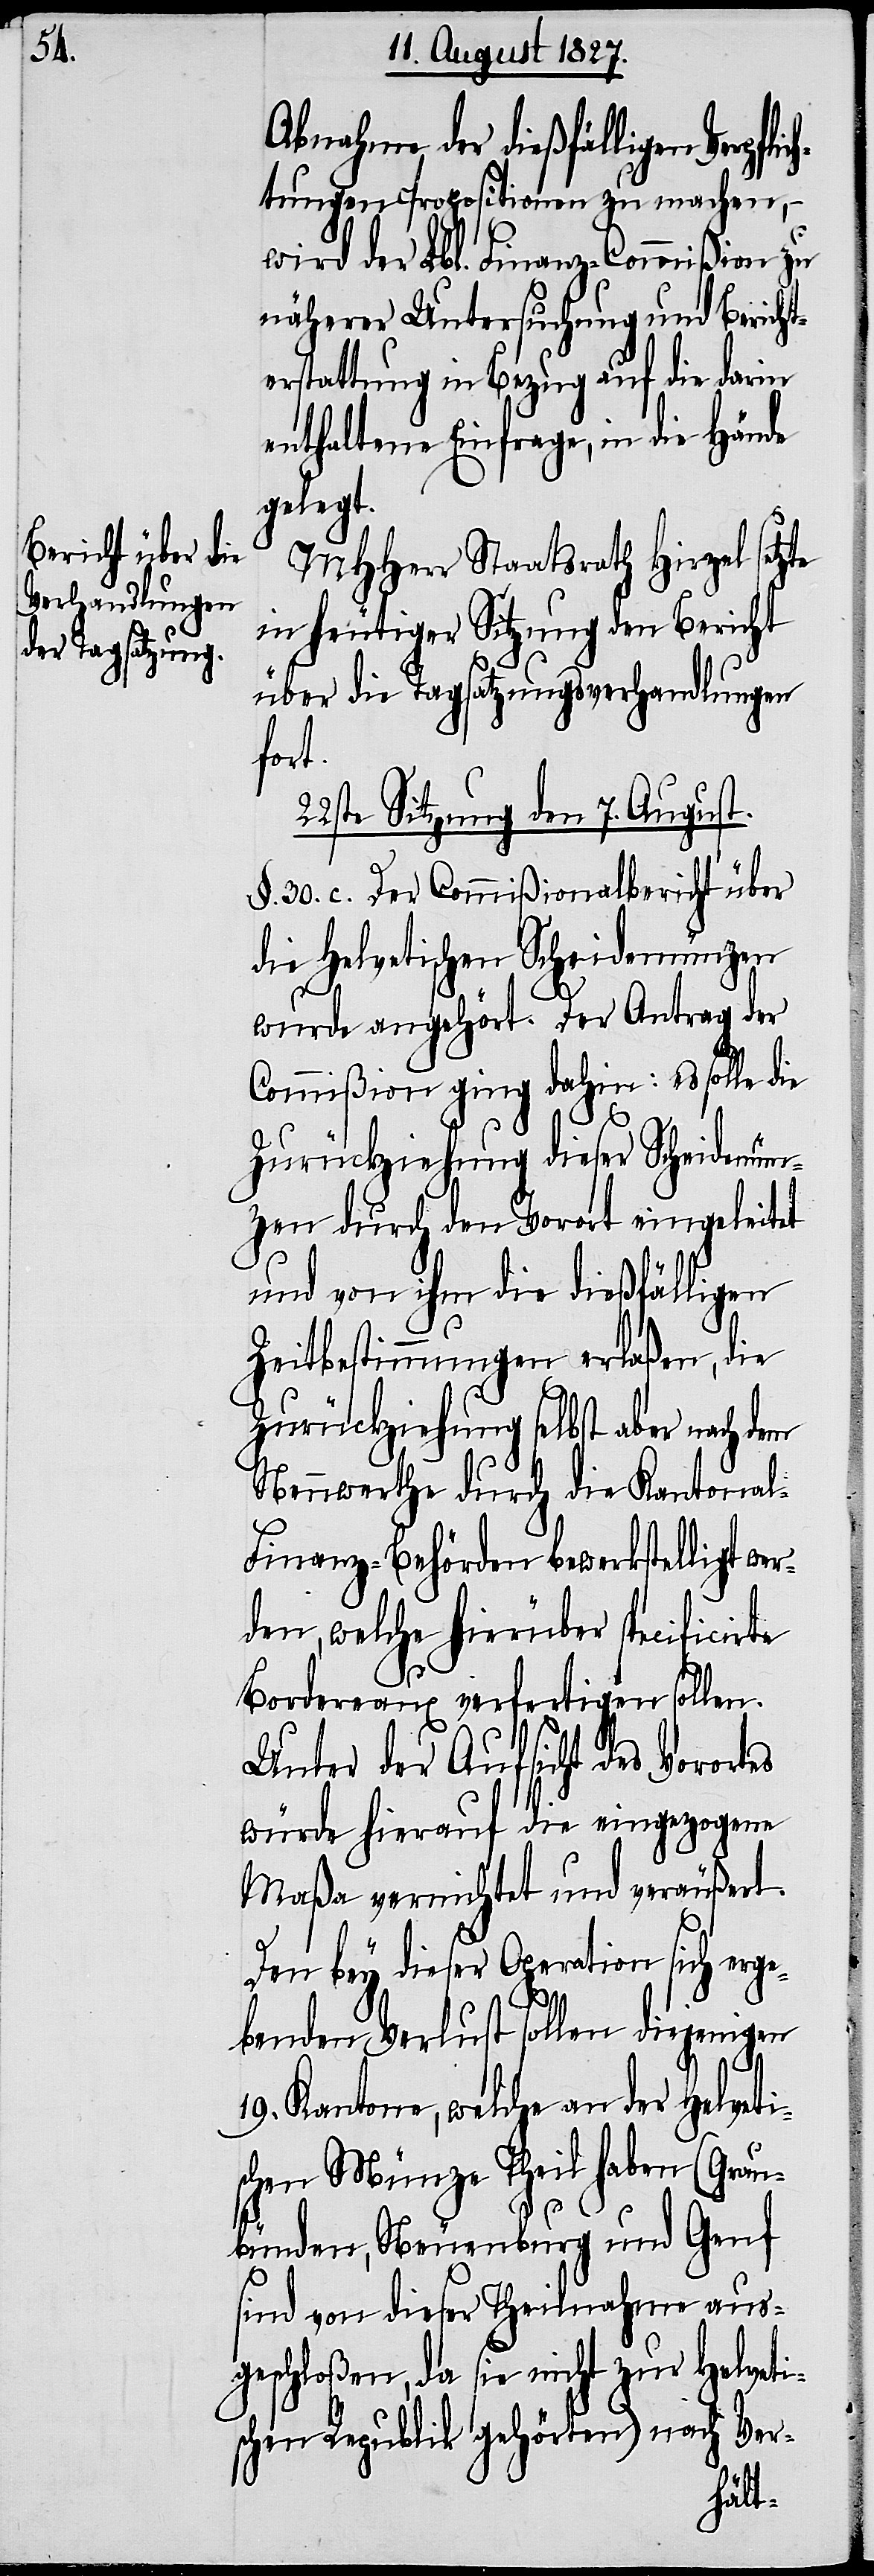
Abnahme der dießfälligen Verpfli¬
tungen Propositionen zu machen, –
wird der Lbl. Finanz-Commißion zu
näherer Untersuchung und Berichts¬
erstattung in Bezug auf die darin
enthaltene Einfrage, in die Hände
gelegt.
ch¬
MHHerr Staatsrath Hirzel
in heutiger Sitzung den Bericht
über die Tagsatzungsverhandlungen
fort.
22ste Sitzung den 7. August.
§. 30. c. Der Commißionalbericht über
die Helvetischen Scheidemünzen
wurde angehört. Der Antrag der
Commißion ging dahin: es solle die
Zurückziehung dieser Scheidemün¬
zen durch den Vorort eingeleitet
und von ihm die dießfälligen
Zeitbestimmungen erlaßen, die
Zurückziehung selbst aber nach dem
Nennwerthe durch die Kantona¬
l-Finanz-Behörden bewerkstelligt wer¬
den, welche hierüber specificirte
Borderaux verfertigen sollen.
Unter der Aufsicht des Vorortes
würde hierauf die eingezogene
Maßa vernichtet und veräußert.
Den bey dieser Operation sich erge¬
benden Verlust sollen diejenigen
19. Kantone, welche an der Helveti¬
schen Münze Theil haben (Grau¬
bünden, Neuenburg und Genf
sind von dieser Theilnahme aus¬
geschloßen, da sie nicht zur Helveti¬
schen Republik gehörten) nach Ver-